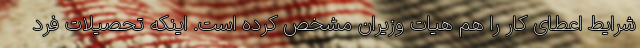
شرایط اعطای کار را هم هیات وزیران مشخص کرده است. اینکه تحصیلات فرد